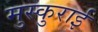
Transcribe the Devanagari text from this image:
मुस्कुराई